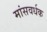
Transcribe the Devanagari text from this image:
मांसवर्धक